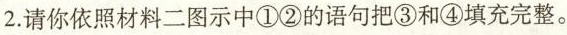
2.请你依照材料二图示中①②的语句把③和④填充完整。